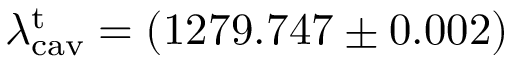
\lambda _ { \mathrm { c a v } } ^ { \mathrm { t } } = ( 1 2 7 9 . 7 4 7 \pm 0 . 0 0 2 )